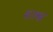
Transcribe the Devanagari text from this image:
शाश्व